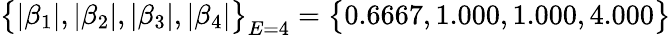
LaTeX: \big\{ |\beta_{1}|,|\beta_{2}|,|\beta_{3}|,|\beta_{4}|\big\} _{E=4}=\big\{ 0.6667,1.000,1.000,4.000\big\}